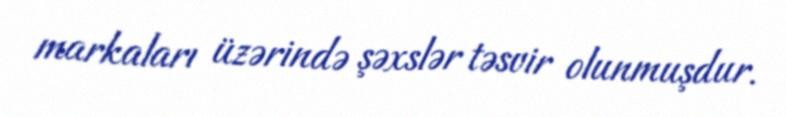
markaları üzərində şəxslər təsvir olunmuşdur.